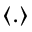
\langle . \rangle